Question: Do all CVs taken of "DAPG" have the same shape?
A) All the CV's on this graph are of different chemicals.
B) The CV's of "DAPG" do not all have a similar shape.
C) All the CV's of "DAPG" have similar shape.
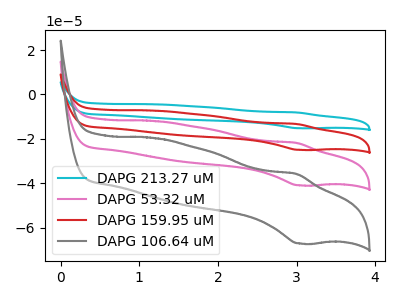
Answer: <think>The cyan curve "DAPG 213.27 uM" has an anodic peak at (3.00V, -65.50uA) and a cathodic peak at (3.05V, -122.85uA). The pink curve "DAPG 53.32 uM" has an anodic peak at (3.00V, -21.85uA) and a cathodic peak at (3.05V, -40.95uA). The red curve "DAPG 159.95 uM" has an anodic peak at (3.00V, -43.65uA) and a cathodic peak at (3.05V, -81.90uA). The gray curve "DAPG 106.64 uM" has an anodic peak at (3.00V, -35.80uA) and a cathodic peak at (3.05V, -67.15uA).
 All the peaks in "DAPG 213.27 uM" have a peak in "DAPG 53.32 uM" at the same potential. All the peaks in "DAPG 213.27 uM" have a peak in "DAPG 159.95 uM" at the same potential. All the peaks in "DAPG 213.27 uM" have a peak in "DAPG 106.64 uM" at the same potential. All the peaks in "DAPG 53.32 uM" have a peak in "DAPG 159.95 uM" at the same potential. All the peaks in "DAPG 53.32 uM" have a peak in "DAPG 106.64 uM" at the same potential. All the peaks in "DAPG 159.95 uM" have a peak in "DAPG 106.64 uM" at the same potential.</think>
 <answer>C) All the CV's of "DAPG" have similar shape.</answer>
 <eval>C</eval>